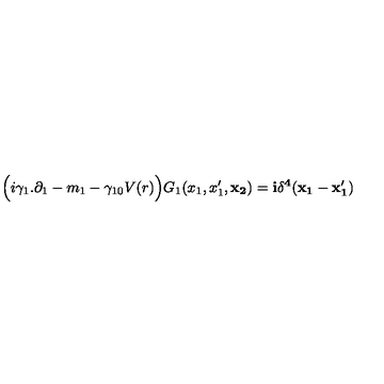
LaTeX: \Big ( i \gamma _ { 1 } . \partial _ { 1 } - m _ { 1 } - \gamma _ { 1 0 } V ( r ) \Big ) G _ { 1 } ( x _ { 1 } , x _ { 1 } ^ { \prime } , \bf { x } _ { 2 } ) = i \delta ^ { 4 } ( x _ { 1 } - x _ { 1 } ^ { \prime } )